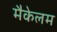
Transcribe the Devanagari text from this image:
मैकेलम